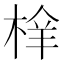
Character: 㮆